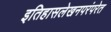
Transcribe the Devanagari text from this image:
इतिहासलेखनपरंपरेत